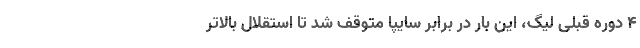
4 دوره قبلی لیگ، این بار در برابر سایپا متوقف شد تا استقلال بالاتر